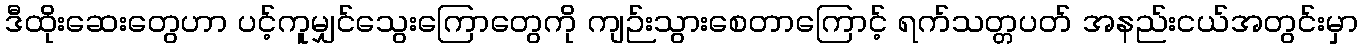
ဒီထိုးဆေးတွေဟာ ပင့်ကူမျှင်သွေးကြောတွေကို ကျဉ်းသွားစေတာကြောင့် ရက်သတ္တပတ် အနည်းငယ်အတွင်းမှာ